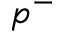
p ^ { - }